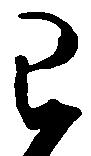
已